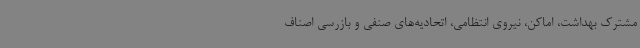
مشترک بهداشت، اماکن، نیروی انتظامی، اتحادیه‌های صنفی و بازرسی اصناف